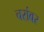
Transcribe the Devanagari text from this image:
चरांवर